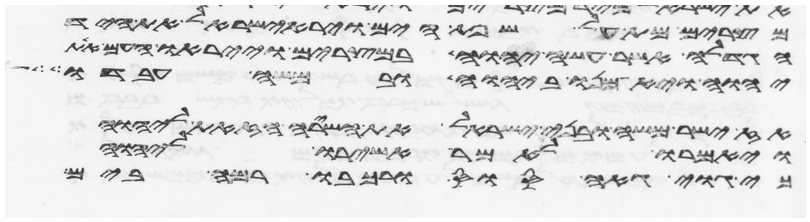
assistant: מצרים מת על שפת הים וירא ישראל את היד
הגדלה אשר עשה יהוה במצרים וייראו העם את
יהוה ויאמנו ביהוה ובמשה עבדו
אז ישר משה ובני ישראל את השירה הזאת ליהוה
ויאמרו לאמר אשירו ליהוה
גוי גאה סוס ורכבו רמה בים